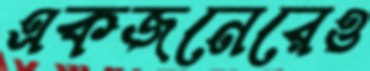
একজনেরেও